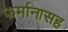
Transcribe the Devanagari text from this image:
फर्मानासह